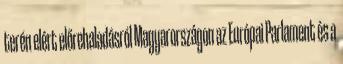
terén elért előrehaladásról Magyarországon az Európai Parlament és a